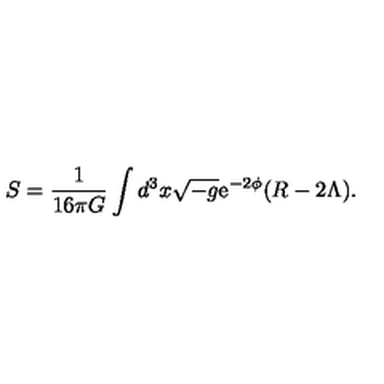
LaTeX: S = \frac { 1 } { 1 6 \pi G } \int d ^ { 3 } x \sqrt { - g } \mathrm { { e } } ^ { - 2 \phi } ( R - 2 \Lambda ) .